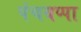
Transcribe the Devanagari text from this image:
पंचयप्पा